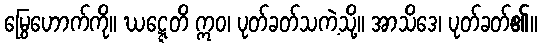
မြွေဟောက်ကို။ ဃဋ္ဋေတိ ဣဝ၊ ပုတ်ခတ်သကဲ့သို့။ အာသိဒေ၊ ပုတ်ခတ်၏။